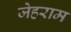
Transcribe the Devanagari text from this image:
जेहराम